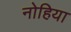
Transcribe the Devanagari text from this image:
नोहिया